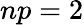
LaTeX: np=2